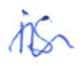
Text: is
Cross-out: wave
Writing tool: ballpoint